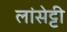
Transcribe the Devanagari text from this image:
लांसेट्टी